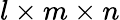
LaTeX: l\times m\times n